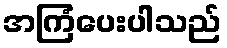
အကြံပေးပါသည်